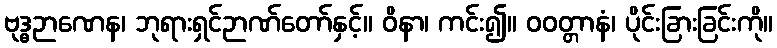
ဗုဒ္ဓဉာဏေန၊ ဘုရားရှင်ဉာဏ်တော်နှင့်။ ဝိနာ၊ ကင်း၍။ ဝဝတ္တာနံ၊ ပိုင်းခြားခြင်းကို။